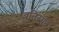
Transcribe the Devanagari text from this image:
बनिस्पद